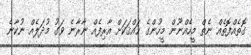
ގޮތެއްފޮތެއް ނެތް މީހެއްނޫން މީހުންގެ ޙައްޤަކަށް އާރިފެއް ނާރާނެ ވަގު މުދަލެއް ނުކާނެ